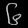
Digit: ၆